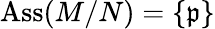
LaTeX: \operatorname{Ass}(M/N)=\{ {\mathfrak{p}}\}